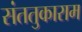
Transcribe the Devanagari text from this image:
संततुकाराम